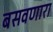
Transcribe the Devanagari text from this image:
बसवणारा